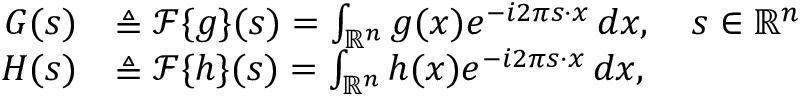
{ \begin{array} { r l } { G ( s ) } & { \triangleq { \mathcal { F } } \{ g \} ( s ) = \int _ { \mathbb { R } ^ { n } } g ( x ) e ^ { - i 2 \pi s \cdot x } \, d x , \quad s \in \mathbb { R } ^ { n } } \\ { H ( s ) } & { \triangleq { \mathcal { F } } \{ h \} ( s ) = \int _ { \mathbb { R } ^ { n } } h ( x ) e ^ { - i 2 \pi s \cdot x } \, d x , } \end{array} }